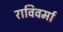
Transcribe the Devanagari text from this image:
राविवर्मा